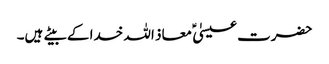
حضرت عیسیٰ ؑ معاذ اللہ خدا کے بیتے ہیں۔